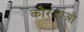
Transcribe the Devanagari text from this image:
कौरडाओ